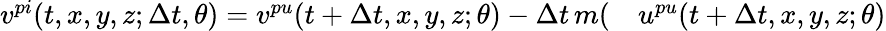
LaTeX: \begin{array}{rl}{v^{pi}(t,x,y,z;\Delta t,\theta)=v^{pu}(t+\Delta t,x,y,z;\theta)-\Delta t\, m(}&{{}u^{pu}(t+\Delta t,x,y,z;\theta)}\end{array}